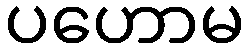
ပဟောမ